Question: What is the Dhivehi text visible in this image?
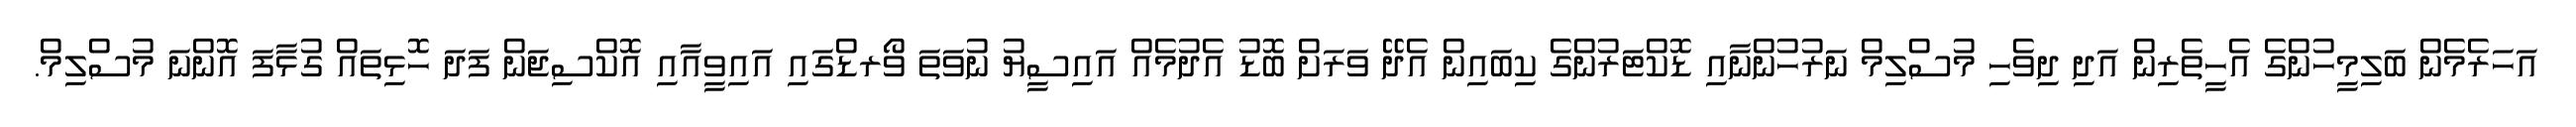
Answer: އަހަރެމެން ބަލިމީހުންގެ އެހީތެރިން އަދި ދިވެހި މުސްލިމް ނަރުހުންނާއި ޑޮކްޓަރުންގެ ކިބައިން އެދޭ ވަރަށް ބޮޑު އެދުމެއް އައިސީޔު ނުވަތަ ވޯރޑްގައި އައިވީއާއި އޮކްސިޖަން ފަދަ ހޮޅިތައް ގުޅާފަ އޮންނަ މުސްލިމް.